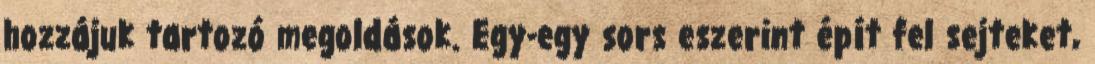
hozzájuk tartozó megoldások. Egy-egy sors eszerint épít fel sejteket,